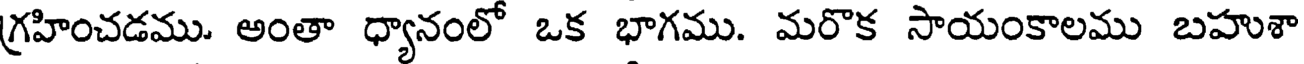
గ్రహించడము. అంతా ధ్యానంలో ఒక భాగము. మరొక సాయంకాలము బహుశా